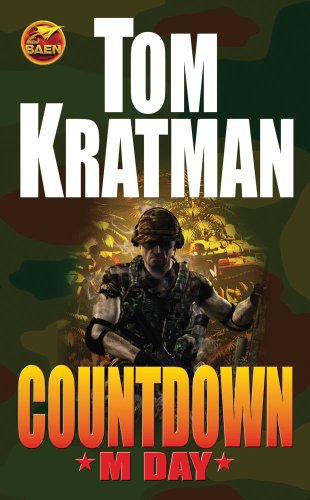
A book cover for Countdown: M Day; Tom Kratman; Literature & Fiction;